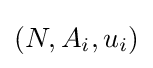
(N,A_{i},u_{i})